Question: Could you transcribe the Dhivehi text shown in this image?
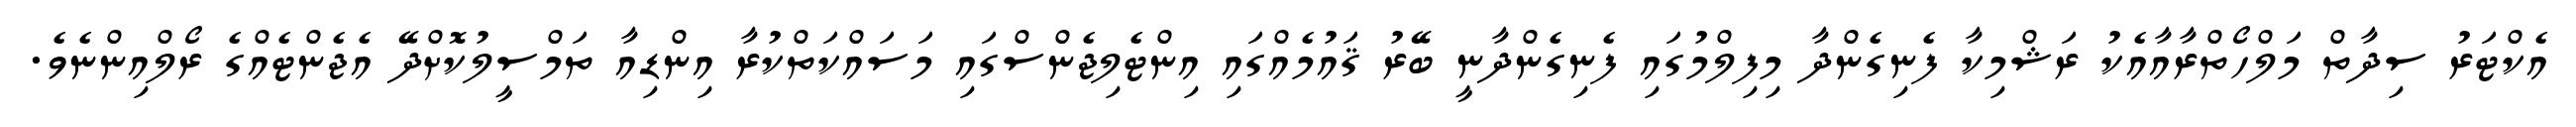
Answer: އެކްޓަރު ސިދާތް މަލްހޯތްރާއާއެކު ރަޝްމިކާ ފެނިގެންދާ މިފިލްމުގައި ފެނިގެންދާނީ ބޭރު ޤައުމެއްގައި އިންޓެލިޖެންސްގައި މަސައްކަތްކުރާ އިންޑިއާ ތަމްސީލުކޮށްދޭ އެޖެންޓެއްގެ ރޯލްއިންނެވެ.